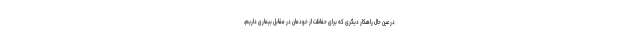
در عین حال راهکار دیگری که برای حفاظت از خودمان در مقابل بیماری داریم،